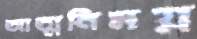
আত্মনিমগ্ন